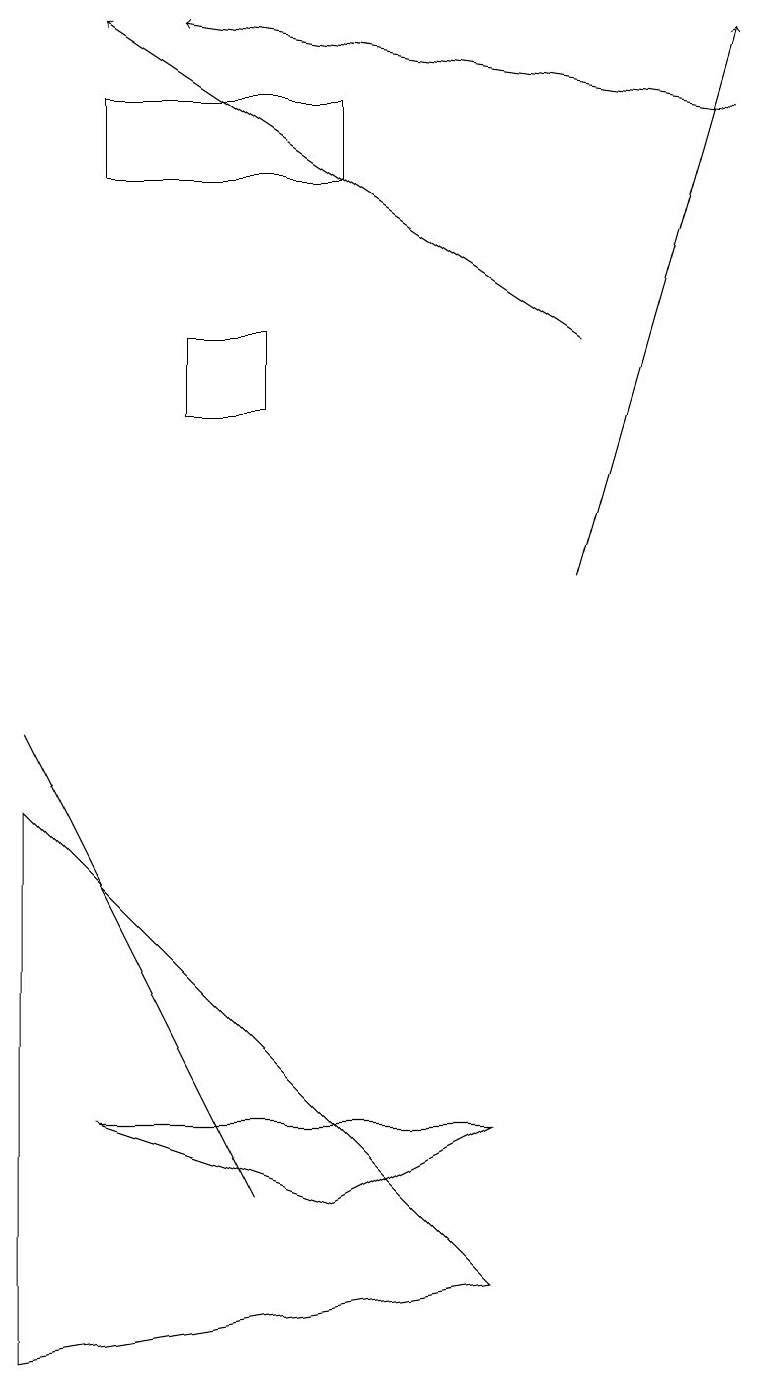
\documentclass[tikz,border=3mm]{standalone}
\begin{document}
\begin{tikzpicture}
\draw[->] (9,16) -- (2,17);
\draw (6,3) -- (4,2) -- (1,3) -- cycle;
\draw (1,16) rectangle (4,15);
\draw (2,12) rectangle (3,13);
\draw (6,1) -- (0,0) -- (0,7) -- cycle;
\draw (3,2) -- (0,8) -- (1,6) -- cycle;
\draw[->] (7,13) -- (1,17);
\draw[->] (7,10) -- (9,17);
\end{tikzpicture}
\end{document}